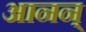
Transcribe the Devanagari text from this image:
आनन्